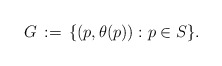
\begin{align*}G \,:=\, \{(p,\theta(p)) : p \in S\}. \end{align*}